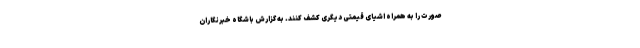
صورت را به همراه اشیای قیمتی دیگری کشف کنند. به گزارش باشگاه خبرنگاران